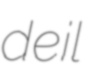
deil